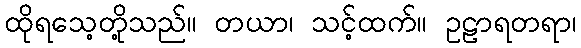
ထိုရသေ့တို့သည်။ တယာ၊ သင့်ထက်။ ဥဠာရတရာ၊